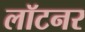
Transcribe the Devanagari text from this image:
लॉटनर